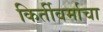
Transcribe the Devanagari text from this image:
किर्तीवर्माचा